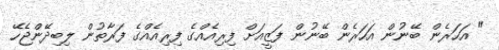
" އަހަރެން ބޭނުން އަހަރެން ބޭނުން ފަޒީއަށް ފިރިއެއްގެ ފިރިއެއްގެ ފަރާތުން ލިބިދޭންޖެހޭ